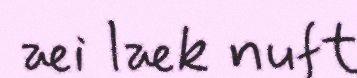
æi læk nuft